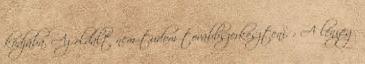
kódjába. Az oldalt nem tudom továbbszerkeszteni. : A lényeg